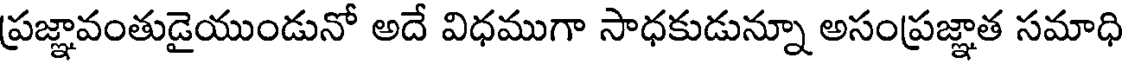
ప్రజ్ఞావంతుడైయుండునో అదే విధముగా సాధకుడున్నూ అసంప్రజ్ఞాత సమాధి